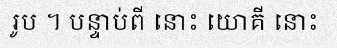
រូប ។ បន្ទាប់ពី នោះ យោគី នោះ